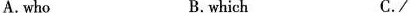
A. who B. which C. /